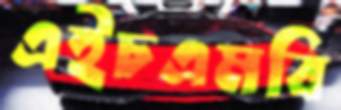
এইচএমবি